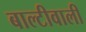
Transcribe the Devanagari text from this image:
बाल्टीवाली